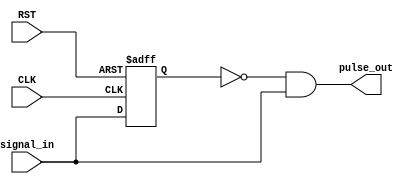
module pulse_generator(
    input wire signal_in,
    input wire CLK,
    input wire RST,
    output wire pulse_out
);

    reg Q;

    always@(posedge CLK or negedge RST)
        begin
            if(!RST)
                begin
                    Q <= 1'b0;
                end
            else
                begin
                    Q <= signal_in;
                end
        end
    
    assign pulse_out = (~Q) & signal_in;
    
endmodule